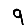
Digit: 9